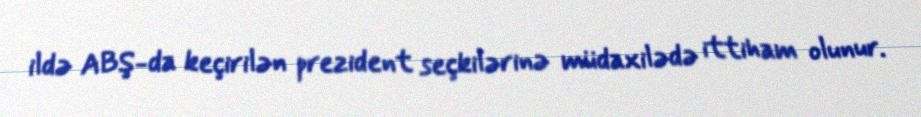
ildə ABŞ-da keçirilən prezident seçkilərinə müdaxilədə ittiham olunur.